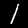
Label: 1